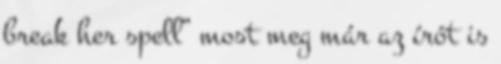
break her spell” most meg már az írót is